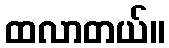
ထလာတယ်။